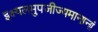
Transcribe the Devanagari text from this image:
इक्ष्यलमुपजीज्यमानानां